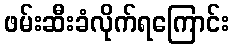
ဖမ်းဆီးခံလိုက်ရကြောင်း